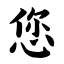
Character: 您